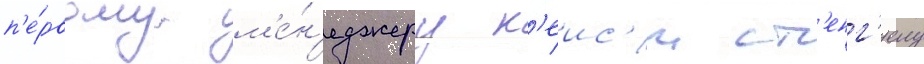
п'е́рвому м'е́н'еджеру к'еис'и ст'енг'елу